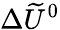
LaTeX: \Delta\widetilde U^{0}